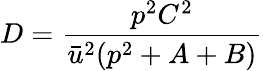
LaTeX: D={\frac{p^{2}C^{2}}{\bar{u}^{2}(p^{2}+A+B)}}